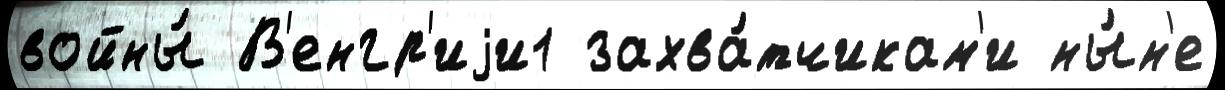
войны́ В'енгр'иjи1 захва́тчикам'и ны́н'е